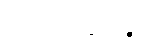
ဉာတိရက္ခိတဉ္စ